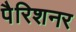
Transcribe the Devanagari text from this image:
पैरिशनर